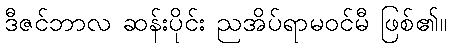
ဒီဇင်ဘာလ ဆန်းပိုင်း ညအိပ်ရာမဝင်မီ ဖြစ်၏။